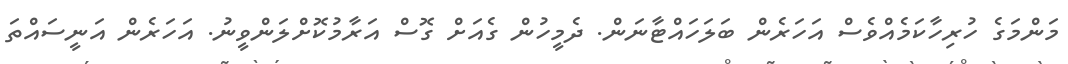
މަންމަގެ ހުރިހާކަމެއްވެސް އަހަރެން ބަލަހައްޓާނަން. ދެމީހުން ގެއަށް ގޮސް އަރާމުކޮށްލަންވީނު. އަހަރެން އަނީސައްތަ